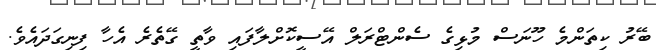
ބޭރު ކިތަންމެ ހޫނަސް މުޅިގެ ސެންޓްރަލް އޭސީކޮށްލާފައި ވާތީ ގޭތެރެ އެހާ ފިނިގަދައެވެ.